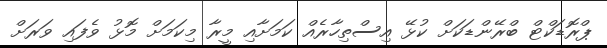
ޕްރޮޑަކްޓް ބްރޭންޑަކަށް ކުޅޭ އިސްތިހާރެއް ކަމަށާއި މީރާ މިކަމަށް މޮޅު ވެފައި ވަރަށް